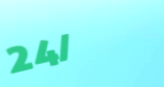
24/7